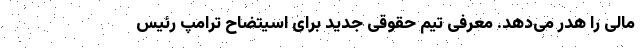
مالی را هدر می‌دهد. معرفی تیم حقوقی جدید برای اسیتضاح ترامپ رئیس‌